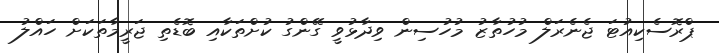
ޕްރޮސެކިއުޓަ ޖެނެރަލް މުހުތާޒު މުހުސިން ވިދާޅުވީ ގޭންގު ކުށްތަކާއި ބޮޑެތި ޖަރީމާތަކަށް ހައްލު